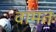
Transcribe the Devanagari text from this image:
वामतः